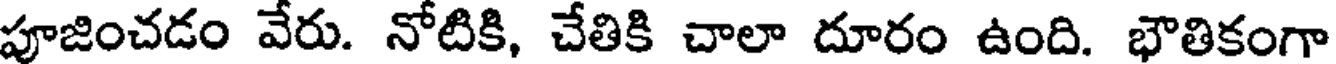
పూజించడం వేరు. నోటికి, చేతికి చాలా దూరం ఉంది. భౌతికంగా